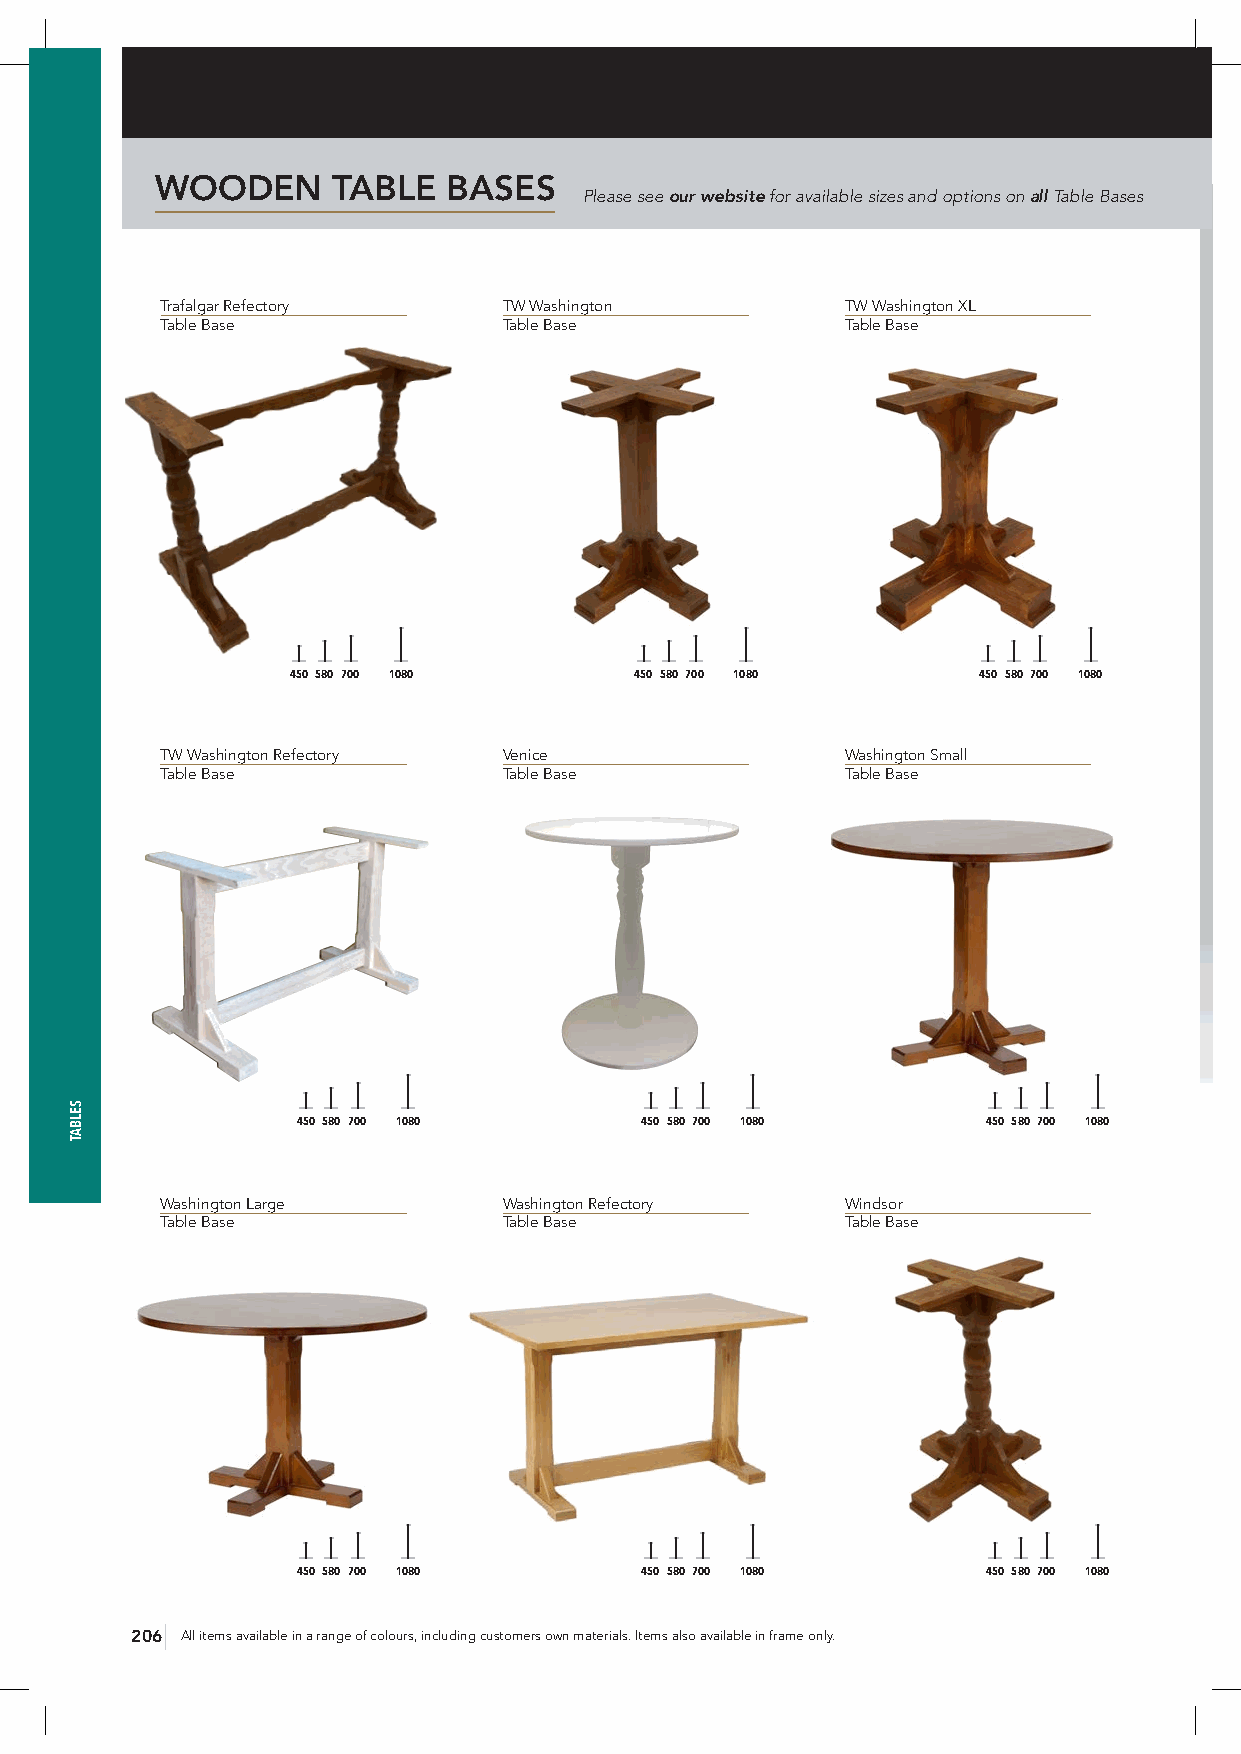
WOODEN      TABLE   BASES
 Please see our website for available sizes and options on all Table Bases
 Trafalgar Refectory   TW Washington          TW Washington XL
 Table Base            Table Base             Table Base
 450 580 700 1080       450 580 700 1080       450 580 700 1080
 TW Washington Refectory Venice               Washington Small
 Table Base            Table Base             Table Base
 450 580 700 1080      450 580 700 1080       450 580 700 1080
 Washington Large      Washington Refectory   Windsor
 Table Base            Table Base             Table Base
 450 580 700 1080      450 580 700 1080       450 580 700 1080
 206 All items available in a range of colours, including customers own materials. Items also available in frame only.
 SELBAT